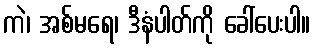
ကဲ၊ အစ်မရေ၊ ဒီနံပါတ်ကို ခေါ်ပေးပါ။